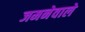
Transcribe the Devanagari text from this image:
जमनेवाले